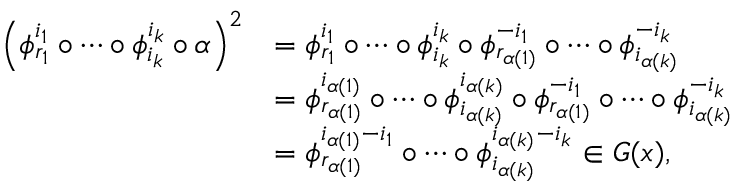
\begin{array} { r l } { \left( \phi _ { r _ { 1 } } ^ { i _ { 1 } } \circ \cdots \circ \phi _ { i _ { k } } ^ { i _ { k } } \circ \alpha \right) ^ { 2 } } & { = \phi _ { r _ { 1 } } ^ { i _ { 1 } } \circ \cdots \circ \phi _ { i _ { k } } ^ { i _ { k } } \circ \phi _ { r _ { \alpha ( 1 ) } } ^ { - i _ { 1 } } \circ \cdots \circ \phi _ { i _ { \alpha ( k ) } } ^ { - i _ { k } } } \\ & { = \phi _ { r _ { \alpha ( 1 ) } } ^ { i _ { \alpha ( 1 ) } } \circ \cdots \circ \phi _ { i _ { \alpha ( k ) } } ^ { i _ { \alpha ( k ) } } \circ \phi _ { r _ { \alpha ( 1 ) } } ^ { - i _ { 1 } } \circ \cdots \circ \phi _ { i _ { \alpha ( k ) } } ^ { - i _ { k } } } \\ & { = \phi _ { r _ { \alpha ( 1 ) } } ^ { i _ { \alpha ( 1 ) } - i _ { 1 } } \circ \cdots \circ \phi _ { i _ { \alpha ( k ) } } ^ { i _ { \alpha ( k ) } - i _ { k } } \in G ( x ) , } \end{array}